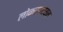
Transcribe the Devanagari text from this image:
लोकरामायण